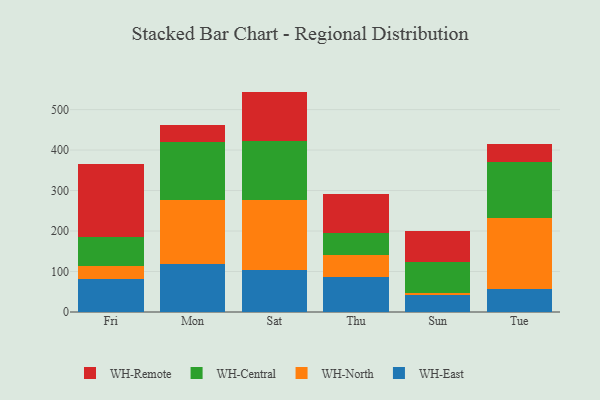
{"axis": {"x": "Day", "y": "Headcount"}, "legend": ["WH-Central", "WH-East", "WH-North", "WH-Remote"], "data": [{"x": "Fri", "y": 81.4, "type": "WH-East"}, {"x": "Fri", "y": 32.2, "type": "WH-North"}, {"x": "Fri", "y": 71.4, "type": "WH-Central"}, {"x": "Fri", "y": 179.7, "type": "WH-Remote"}, {"x": "Mon", "y": 118.1, "type": "WH-East"}, {"x": "Mon", "y": 159.4, "type": "WH-North"}, {"x": "Mon", "y": 142.7, "type": "WH-Central"}, {"x": "Mon", "y": 42.8, "type": "WH-Remote"}, {"x": "Sat", "y": 103.1, "type": "WH-East"}, {"x": "Sat", "y": 173.5, "type": "WH-North"}, {"x": "Sat", "y": 146.3, "type": "WH-Central"}, {"x": "Sat", "y": 121.5, "type": "WH-Remote"}, {"x": "Thu", "y": 86.8, "type": "WH-East"}, {"x": "Thu", "y": 54.7, "type": "WH-North"}, {"x": "Thu", "y": 54.1, "type": "WH-Central"}, {"x": "Thu", "y": 95.8, "type": "WH-Remote"}, {"x": "Sun", "y": 42.4, "type": "WH-East"}, {"x": "Sun", "y": 5.1, "type": "WH-North"}, {"x": "Sun", "y": 75.8, "type": "WH-Central"}, {"x": "Sun", "y": 75.8, "type": "WH-Remote"}, {"x": "Tue", "y": 57.7, "type": "WH-East"}, {"x": "Tue", "y": 175.0, "type": "WH-North"}, {"x": "Tue", "y": 138.8, "type": "WH-Central"}, {"x": "Tue", "y": 43.1, "type": "WH-Remote"}]}